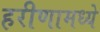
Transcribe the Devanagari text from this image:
हरीणामध्ये